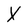
Character: X